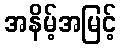
အနိမ့်အမြင့်